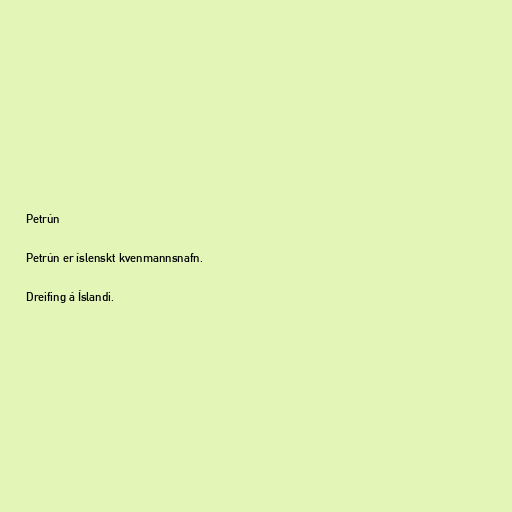
Petrún

Petrún er íslenskt kvenmannsnafn.

Dreifing á Íslandi.